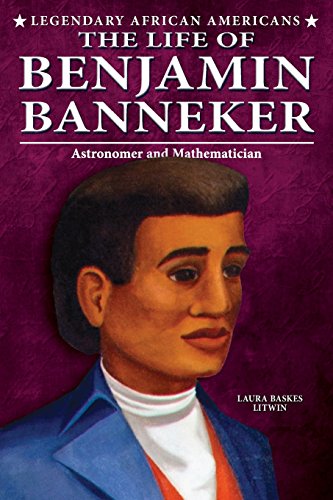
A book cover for The Life of Benjamin Banneker (Legendary African Americans); Laura Baskes Litwin; Teen & Young Adult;